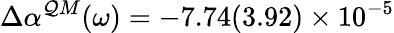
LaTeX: \Delta\alpha^{\mathcal{Q}M}(\omega)=-7.74(3.92)\times10^{-5}